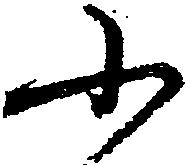
ふ